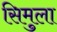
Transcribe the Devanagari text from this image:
सिमुला